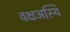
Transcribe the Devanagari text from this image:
वक्षअस्थि